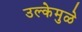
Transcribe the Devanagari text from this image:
उल्केमुळे